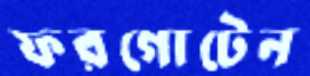
ফরগোটেন